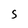
Character: S